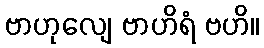
ဗာဟုလျေ ဗာဟိရံ ဗဟိ။